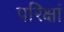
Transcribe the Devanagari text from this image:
परिक्षां